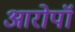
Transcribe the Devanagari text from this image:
आरोपॉ